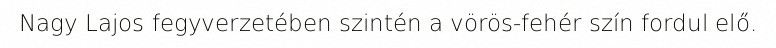
Nagy Lajos fegyverzetében szintén a vörös-fehér szín fordul elő.